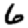
Digit: 6